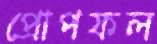
প্রোপফল